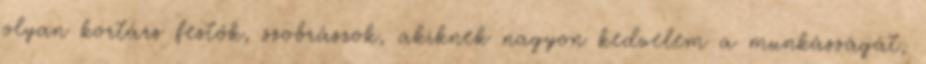
olyan kortárs festők, szobrászok, akiknek nagyon kedvelem a munkásságát,